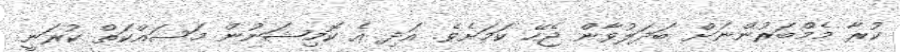
ކުރާ މެމްބަރުންނަށް ބަދަލުވާން ޖެހޭ ކަމަށެވެ. އަދި އެ ކޮމިޝަނުން މަސައްކަތް ކުރަނީ